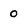
Character: 0